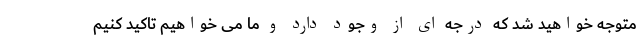
متوجه خواهید شد که درجه ای از وجود دارد و ما می خواهیم تاکید کنیم